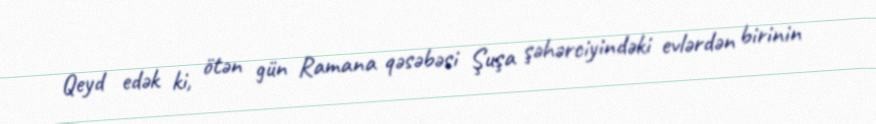
Qeyd edək ki, ötən gün Ramana qəsəbəsi Şuşa şəhərciyindəki evlərdən birinin